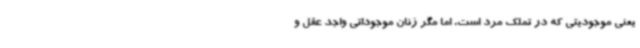
یعنی موجودیتی که در تملک مرد است. اما مگر زنان موجوداتی واجد عقل و